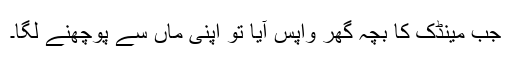
جب مینڈک کا بچہ گھر واپس آیا تو اپنی ماں سے پوچھنے لگا۔